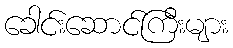
ခေါင်းဆောင်ကြီးများ